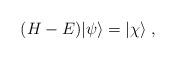
LaTeX: \begin{align*}(H-E)|\psi\rangle = |\chi\rangle \;,\end{align*}